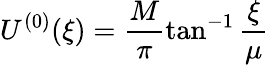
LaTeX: U^{(0)}(\xi)=\frac{M}{\pi}\tan^{-1}\frac{\xi}{\mu}